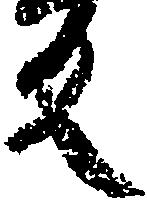
反